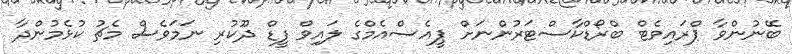
ބޭނުންވާ ޕްރައިވެޓް ބްރޯޑްކާސްޓަރުންނަށް ޕީއެސްއެމްގެ ލައިވް ފީޑް ދޫކުރި ނަމަވެސް މެޗު ކުޅެމުންދާ